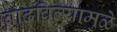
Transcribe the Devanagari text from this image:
वाढविल्यामुळे